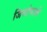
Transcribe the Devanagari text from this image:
जियोपार्क